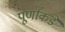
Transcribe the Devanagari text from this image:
पूर्णाकडे